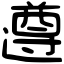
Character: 遵